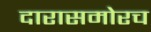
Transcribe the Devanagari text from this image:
दारासमोरच